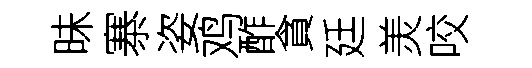
昧寨姿鸡酢貪廷羙咬